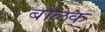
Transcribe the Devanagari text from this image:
बोलक्